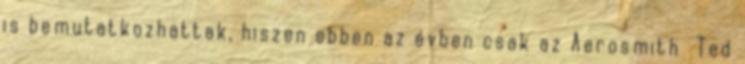
is bemutatkozhattak, hiszen ebben az évben csak az Aerosmith Ted